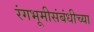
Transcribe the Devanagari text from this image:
रंगभूमीसंबंधीच्या